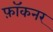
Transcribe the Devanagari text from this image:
फ़ॉकनर